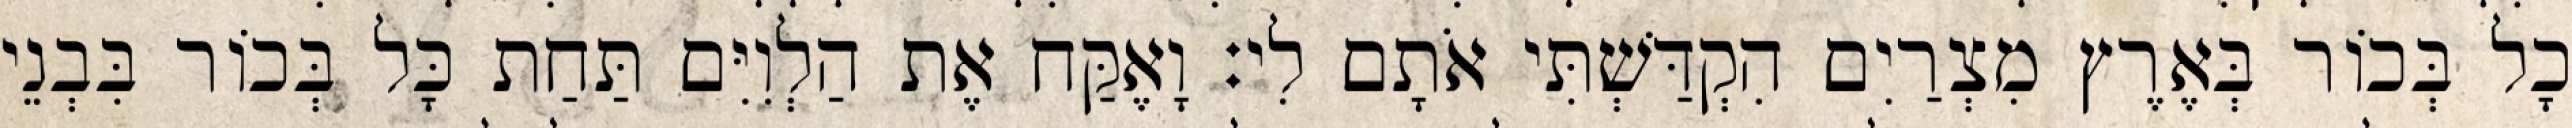
כָל בְּכוֹר בְּאֶרֶץ מִצְרַיִם הִקְדַּשְׁתִּי אֹתָם לִי׃ וָאֶקַּח אֶת הַלְוִיִּם תַּחַת כָּל בְּכוֹר בִּבְנֵי